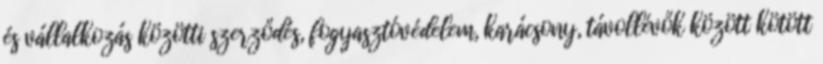
és vállalkozás közötti szerződés, fogyasztóvédelem, karácsony, távollévők között kötött